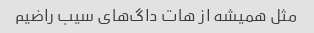
مثل همیشه از هات داگ‌های سیب راضیم